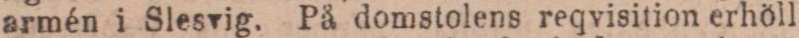
armén i Slesvig. På domstolens reqvisition erhöll